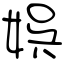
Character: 娯